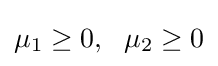
\mu _{1}\geq 0,~~\mu _{2}\geq 0